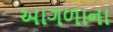
આગળાના